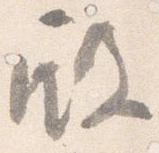
殿